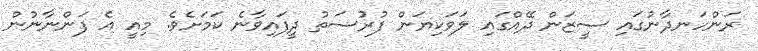
ރަންހަނދާނުގައި ސީޒަން ދޭއްގައި ލަވަކިޔަން ފުރުސަތު ދީފައިވާނެ ކަމަށެވެ. މިއީ އެ ފަންނާނުން